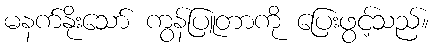
မနက်နိုးသော် ကွန်ပြူတာကို ပြေးဖွင့်သည်။